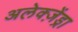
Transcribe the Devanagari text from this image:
अलेक्ज़ेंड्रा